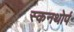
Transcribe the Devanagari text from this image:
स्कनथोर्प